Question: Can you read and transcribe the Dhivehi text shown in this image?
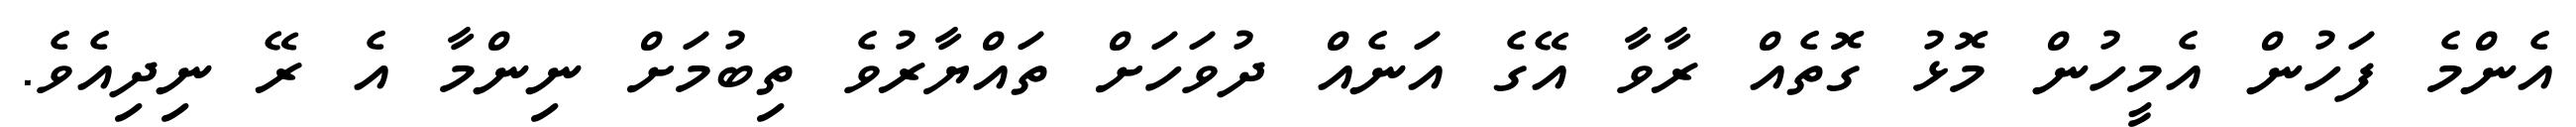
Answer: އެންމެ ފަހުން އެމީހުން މޮޅު ގޮތެއް ރާވާ އޭގެ އަނެއް ދުވަހަށް ތައްޔާރުވެ ތިބުމަށް ނިންމާ އެ ރޭ ނިދިއެވެ.